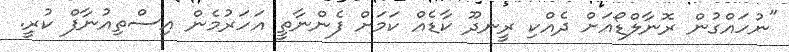
"ނުހައްގުން ރޮނާލްޑޯއަށް ދެއްކި ރީނދޫ ކާޑެއް ކަމަށް ފެންނާތީ އަހަރުމެން އިސްތިއުނާފް ކުރީ.